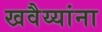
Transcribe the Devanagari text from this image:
खवैय्यांना